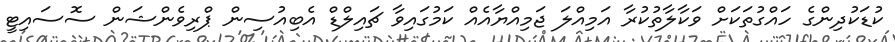
ކުޑަކުދިންގެ ހައްގުތަކަށް ވަކާލާތުކުރާ އަމިއްލަ ޖަމިއްޔާއެއް ކަމުގައިވާ ޗައިލްޑް އެބިއުސިން ޕްރިވެންޝަން ސޮސައިޓީ